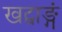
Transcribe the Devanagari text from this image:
खट्वाङ्गं